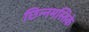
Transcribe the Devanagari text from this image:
छिन्नमस्तिके